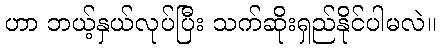
ဟာ ဘယ့်နှယ်လုပ်ပြီး သက်ဆိုးရှည်နိုင်ပါမလဲ။